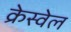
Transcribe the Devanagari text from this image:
क्रेस्वेल